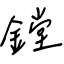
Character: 鏜